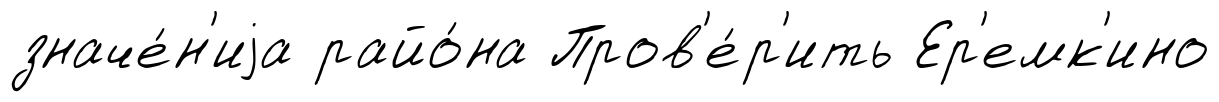
значе́н'иjа райо́на Пров'е́р'ить Ер'емк'ино